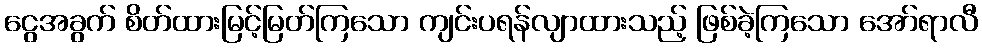
ငွေအခွက် စိတ်ထားမြင့်မြတ်ကြသော ကျင်းပရန်လျာထားသည့် ဖြစ်ခဲ့ကြသော အော်ရာလီ